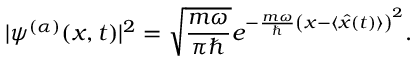
| \psi ^ { ( \alpha ) } ( x , t ) | ^ { 2 } = { \sqrt { \frac { m \omega } { \pi \hbar } } } e ^ { - { \frac { m \omega } { \hbar } } \left( x - \langle { \hat { x } } ( t ) \rangle \right) ^ { 2 } } .